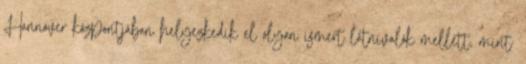
Hannover központjában helyezkedik el olyan ismert látnivalók mellett, mint: